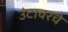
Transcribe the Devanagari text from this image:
उंटावरचे